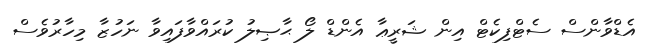
އެޑްވާންސް ސެޓްފިކެޓް އިން ޝަރީޢާ އެންޑް ލޯ ޙާޞިލު ކުރައްވާފައިވާ ނަހުޒާ މިހާރުވެސް